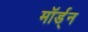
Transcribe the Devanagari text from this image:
मॉर्ड्न